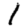
Digit: 1